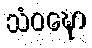
သံဝဍ္ဎော